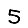
Digit: 5